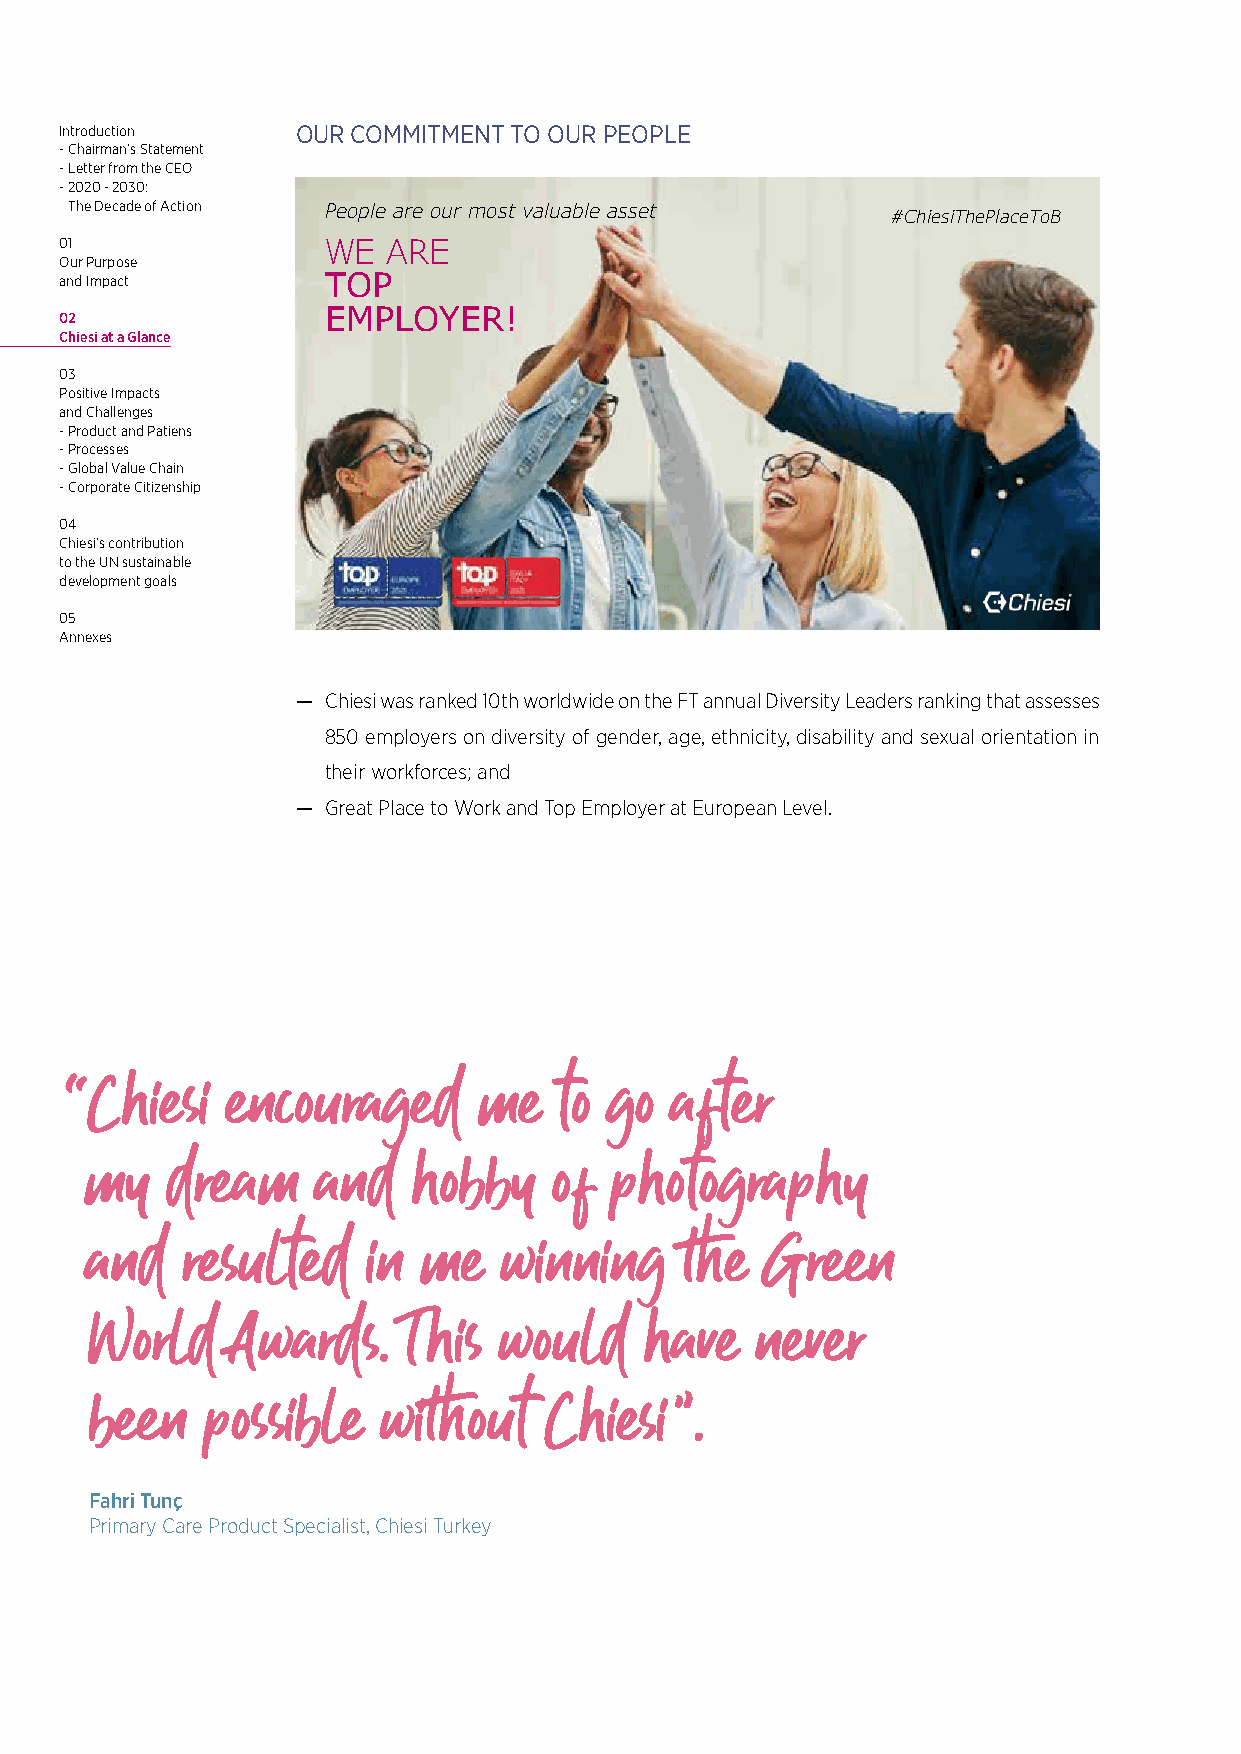
Introduction    OUR COMMITMENT TO OUR PEOPLE
 - Chairman’s Statement
 - Letter from the CEO
 - 2020 - 2030:
 The Decade of Action People are our most valuable asset
 #ChiesiThePlaceToB
 01               WE   ARE
 Our Purpose
 and Impact       TOP
 02               EMPLOYER!
 Chiesi at a Glance
 03
 Positive Impacts
 and Challenges
 - Product and Patiens
 - Processes
 - Global Value Chain
 - Corporate Citizenship
 04
 Chiesi’s contribution
 to the UN sustainable
 development goals
 05
 Annexes
 — Chiesi was ranked 10th worldwide on the FT annual Diversity Leaders ranking that assesses
 850 employers on diversity of gender, age, ethnicity, disability and sexual orientation in
 their workforces; and
 — Great Place to Work and Top Employer at European Level.
 “Chiesi    encouraged       me   to go  after
 my   dream     and   hobby     of photography
 and   resulted    in  me   winning     the   Green
 World    Awards.     This  would     have   never
 been   possible    without    Chiesi   ”.
 Fahri Tunç
 Primary Care Product Specialist, Chiesi Turkey